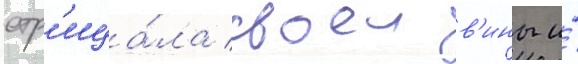
отр'ица́ла своеи в'ины и́